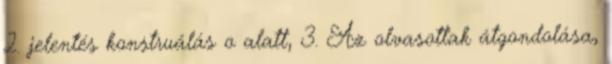
2. jelentés konstruálás o alatt, 3. Az olvasottak átgondolása,